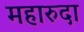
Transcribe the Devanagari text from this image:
महारुदा